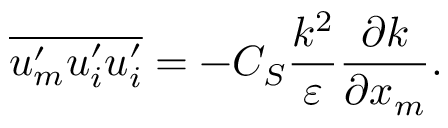
\overline { { u _ { m } ^ { \prime } u _ { i } ^ { \prime } u _ { i } ^ { \prime } } } = - C _ { S } \frac { k ^ { 2 } } { \varepsilon } \frac { \partial k } { \partial x _ { m } } .